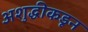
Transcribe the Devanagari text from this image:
अशुद्धीकडून